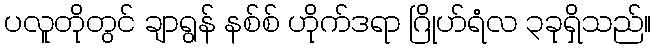
ပလူတိုတွင် ချာရွန် နစ်စ် ဟိုက်ဒရာ ဂြိုဟ်ရံလ ၃ခုရှိသည်။